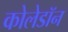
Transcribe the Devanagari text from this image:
कोलेडॉन